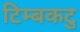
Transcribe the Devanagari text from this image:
टिम्बकटु